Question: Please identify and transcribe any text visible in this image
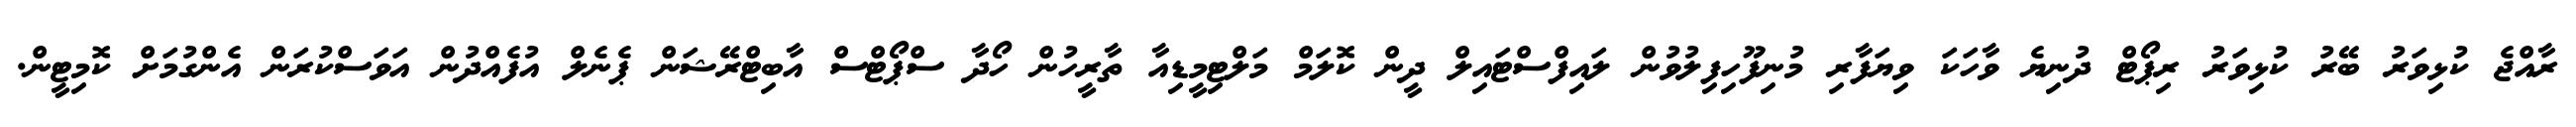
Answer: ރާއްޖެ ކުޅިވަރު ބޭރު ކުޅިވަރު ރިޕޯޓް ދުނިޔެ ވާހަކަ ވިޔަފާރި މުނިފޫހިފިލުވުން ލައިފްސްޓައިލް ދީން ކޮލަމް މަލްޓިމީޑިއާ ތާރީހުން ހޯދާ ސްޕޯޓްސް އާބިޓްރޭޝަން ޕެނެލް އުފެއްދުން އަވަސްކުރަން އެންގުމަށް ކޮމިޓީން.